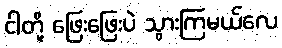
ငါတို့ ဖြေးဖြေးပဲ သွားကြမယ်လေ